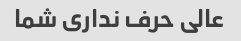
عالی حرف نداری شما